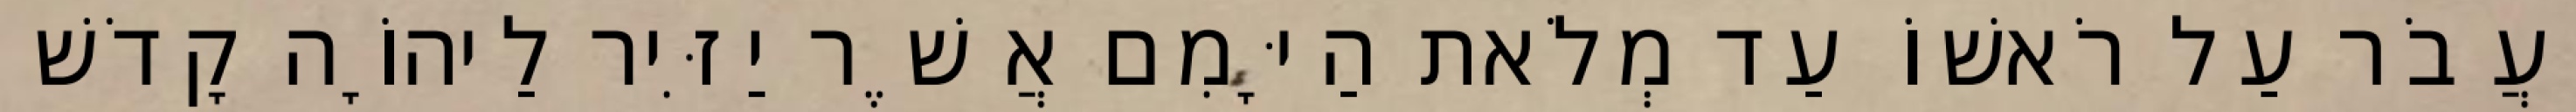
יַעֲבֹר עַל רֹאשׁוֹ עַד מְלֹאת הַיָּמִם אֲשֶׁר יַזִּיר לַיהוָֹה קָדֹשׁ